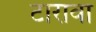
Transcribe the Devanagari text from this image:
टारावा